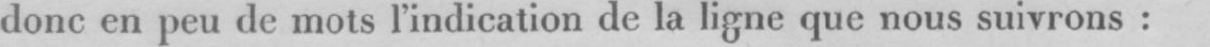
done en peu de mots l’indication de la ligne que nous suivrons: